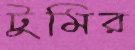
টুমির